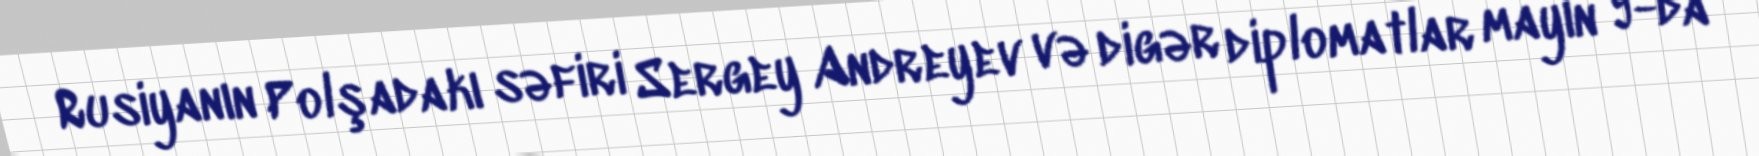
Rusiyanın Polşadakı səfiri Sergey Andreyev və digər diplomatlar mayın 9-da